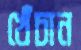
খেঁচান